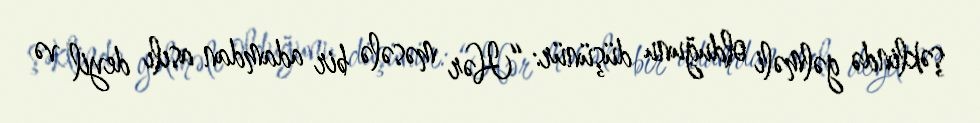
şəklində gəlməli olduğunu düşünür: “Hər məsələ bir adamdan asılı deyil və